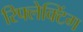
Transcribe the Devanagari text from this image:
रिफ्लेक्टिंग